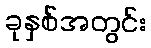
ခုနှစ်အတွင်း